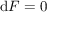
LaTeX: \mathrm { d } F = 0